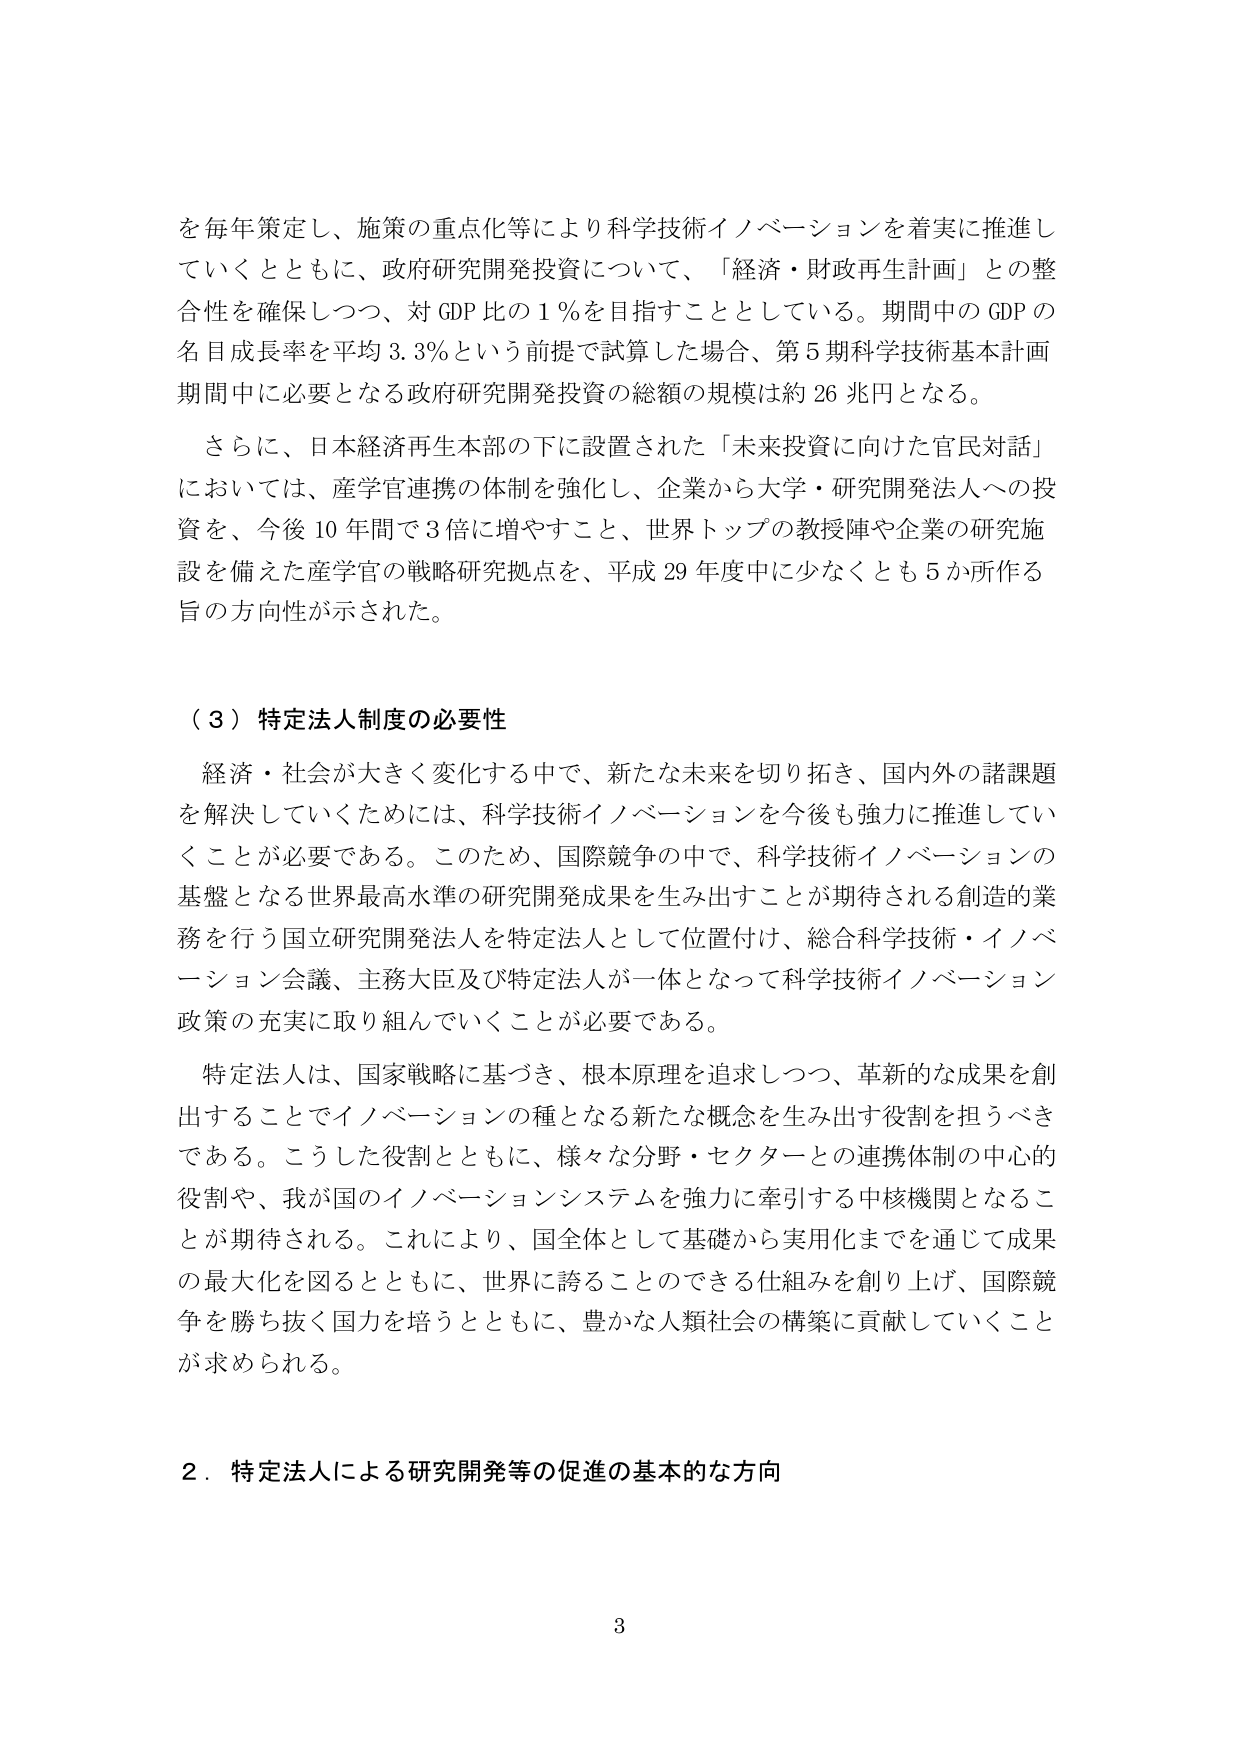
を毎年策定し、施策の重点化等により科学技術イノベーションを着実に推進していくとともに、政府研究開発投資について、「経済・財政再生計画」との整合性を確保しつつ、対GDP比の1％を目指すこととしている。期間中のGDPの名目成長率を平均3.3％という前提で試算した場合、第5期科学技術基本計画期間中に必要となる政府研究開発投資の総額の規模は約26兆円となる。

さらに、日本経済再生本部の下に設置された「未来投資に向けた官民対話」においては、産学官連携の体制を強化し、企業から大学・研究開発法人への投資を、今後10年間で3倍に増やすこと、世界トップの教授陣や企業の研究施設を備えた産学官の戦略研究拠点を、平成29年度中に少なくとも5か所作る旨の方向性が示された。

（３）特定法人制度の必要性

経済・社会が大きく変化する中で、新たな未来を切り拓き、国内外の諸課題を解決していくためには、科学技術イノベーションを今後も強力に推進していくことが必要である。このため、国際競争の中で、科学技術イノベーションの基盤となる世界最高水準の研究開発成果を生み出すことが期待される創造的業務を行う国立研究開発法人を特定法人として位置付け、総合科学技術・イノベーション会議、主務大臣及び特定法人が一体となって科学技術イノベーション政策の充実に取り組んでいくことが必要である。

特定法人は、国家戦略に基づき、根本原理を追求しつつ、革新的な成果を創出することでイノベーションの種となる新たな概念を生み出す役割を担うべきである。こうした役割とともに、様々な分野・セクターとの連携体制の中心的役割や、我が国のイノベーションシステムを強力に牽引する中核機関となることが期待される。これにより、国全体として基礎から実用化までを通じて成果の最大化を図るとともに、世界に誇ることのできる仕組みを創り上げ、国際競争を勝ち抜く国力を培うとともに、豊かな人類社会の構築に貢献していくことが求められる。

２．特定法人による研究開発等の促進の基本的な方向

3